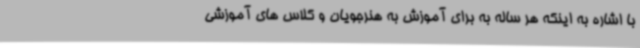
با اشاره به اینکه هر ساله به برای آموزش به هنرجویان و کلاس های آموزشی